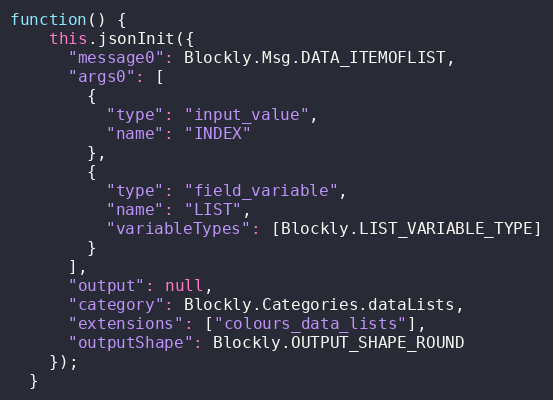
Language: JavaScript
function() {
    this.jsonInit({
      "message0": Blockly.Msg.DATA_ITEMOFLIST,
      "args0": [
        {
          "type": "input_value",
          "name": "INDEX"
        },
        {
          "type": "field_variable",
          "name": "LIST",
          "variableTypes": [Blockly.LIST_VARIABLE_TYPE]
        }
      ],
      "output": null,
      "category": Blockly.Categories.dataLists,
      "extensions": ["colours_data_lists"],
      "outputShape": Blockly.OUTPUT_SHAPE_ROUND
    });
  }